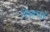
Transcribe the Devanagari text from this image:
स्थितयां